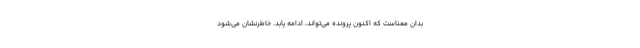
بدان معناست که اکنون پرونده می‌تواند، ادامه یابد. خاطرنشان می‌شود